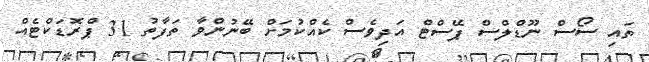
ތައި ސޯސް ނޫޑްލްސް ޕޭސްޓް އަދިވެސް ކެއްކުމަށް ބޭނުންވާ ތަފާތު 31 ޕްރޮޑަކްޓެއް